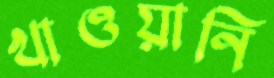
খাওয়ানি